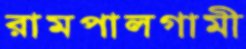
রামপালগামী